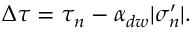
\Delta \tau = \tau _ { n } - \alpha _ { d w } | \sigma _ { n } ^ { \prime } | .